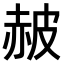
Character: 𧹞